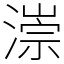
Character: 漴